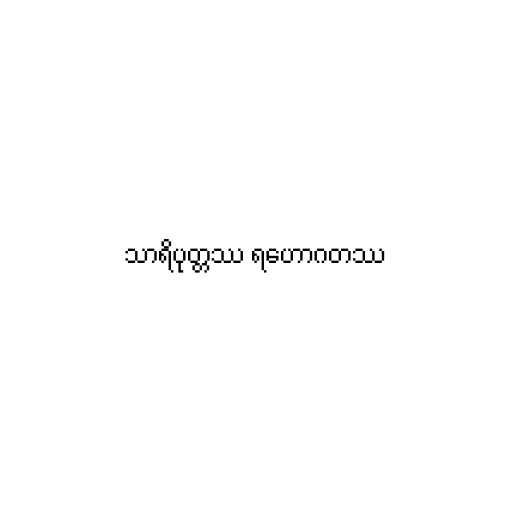
သာရိပုတ္တဿ ရဟောဂတဿ